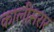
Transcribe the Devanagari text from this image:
कालीसरार